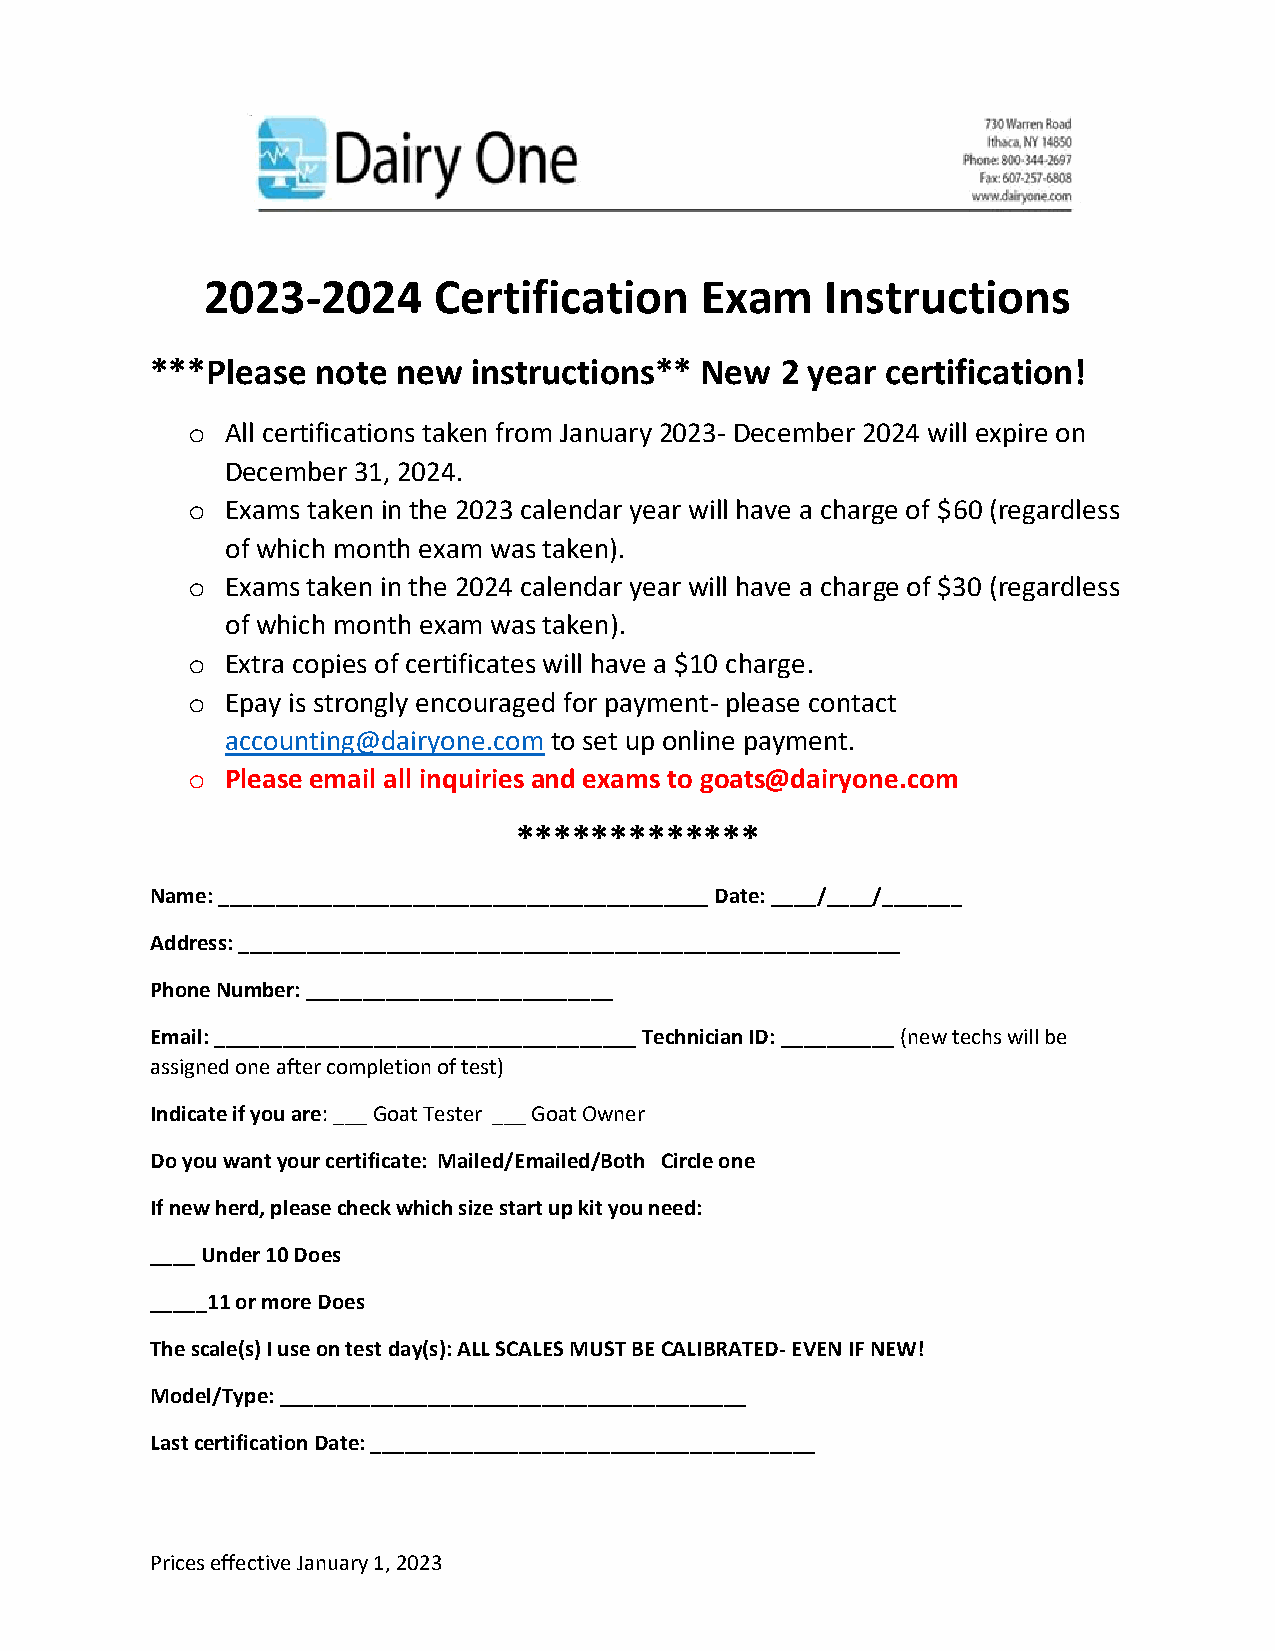
2023-2024       Certification    Exam     Instructions
 ***Please  note new  instructions** New   2 year certification!
 o  All certifications taken from January 2023- December 2024 will expire on
 December 31, 2024.
 o  Exams taken in the 2023 calendar year will have a charge of $60 (regardless
 of which month exam was taken).
 o  Exams taken in the 2024 calendar year will have a charge of $30 (regardless
 of which month exam was taken).
 o  Extra copies of certificates will have a $10 charge.
 o  Epay is strongly encouraged for payment- please contact
 accounting@dairyone.com to set up online payment.
 o  Please email all inquiries and exams to goats@dairyone.com
 *************
 Name: ___________________________________________ Date: ____/____/_______
 Address: __________________________________________________________
 Phone Number: ___________________________
 Email: _____________________________________ Technician ID: __________ (new techs will be
 assigned one after completion of test)
 Indicate if you are: ___ Goat Tester ___ Goat Owner
 Do you want your certificate: Mailed/Emailed/Both Circle one
 If new herd, please check which size start up kit you need:
 ____ Under 10 Does
 _____11 or more Does
 The scale(s) I use on test day(s): ALL SCALES MUST BE CALIBRATED- EVEN IF NEW!
 Model/Type: _________________________________________
 Last certification Date: _______________________________________
 Prices effective January 1, 2023